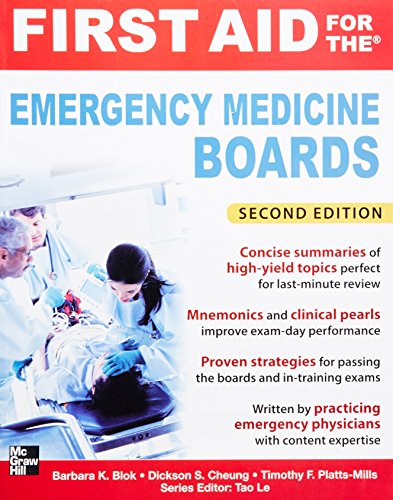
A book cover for First Aid for the Emergency Medicine Boards 2/E (First Aid Series); Barbara Blok; Medical Books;